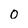
Character: 0